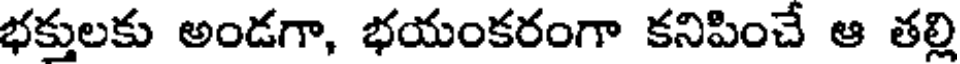
భక్తులకు అండగా, భయంకరంగా కనిపించే ఆ తల్లి